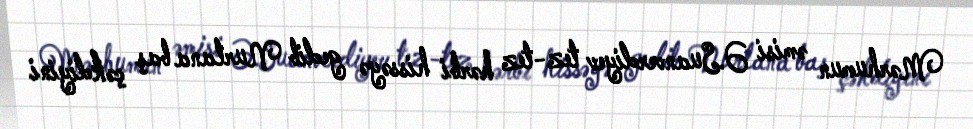
Mərhumun əmisi Ə.Suanverdiyev tez-tez hərbi hissəyə gedib Nurlana baş çəkdiyini